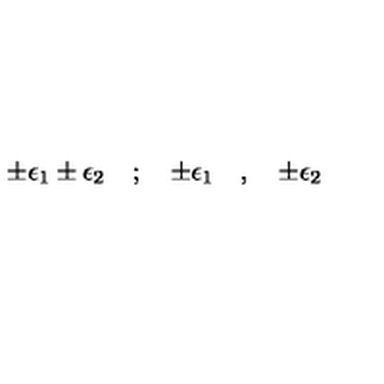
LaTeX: \pm \epsilon _ { 1 } \pm \epsilon _ { 2 } \quad ; \quad \pm \epsilon _ { 1 } \quad , \quad \pm \epsilon _ { 2 }